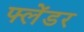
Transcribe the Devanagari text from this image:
फ्लेंडर